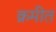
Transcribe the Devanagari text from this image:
क्रमीत